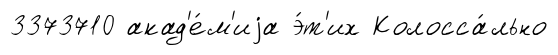
3373710 акад'е́м'иjа э́т'их Колосса́льно